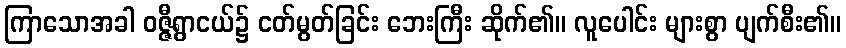
ကြာသောအခါ ဝဇ္ဇီရွာငယ်၌ ငတ်မွတ်ခြင်း ဘေးကြီး ဆိုက်၏။ လူပေါင်း များစွာ ပျက်စီး၏။